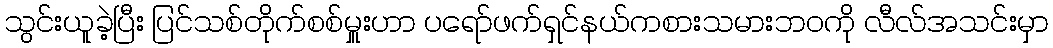
သွင်းယူခဲ့ပြီး ပြင်သစ်တိုက်စစ်မှူးဟာ ပရော်ဖက်ရှင်နယ်ကစားသမားဘဝကို လီလ်အသင်းမှာ